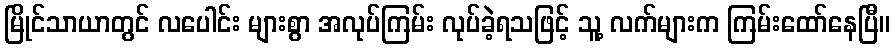
မြိုင်သာယာတွင် လပေါင်း များစွာ အလုပ်ကြမ်း လုပ်ခဲ့ရသဖြင့် သူ့ လက်များက ကြမ်းထော်နေပြီ။